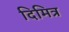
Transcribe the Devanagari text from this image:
दिमित्र